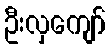
ဦးလှကျော်